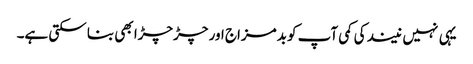
یہی نہیں نیند کی کمی آپ کو بدمزاج اور چڑچڑا بھی بنا سکتی ہے۔